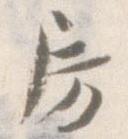
房